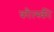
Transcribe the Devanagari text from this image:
कौत्स्की